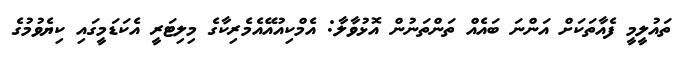
ތައުލީމީ ފެއާތަކަށް އަންނަ ބައެއް ތަންތަނުން އޮޅުވާލާ: އެމްކިއުއޭއެމެރިކާގެ މިލިޓަރީ އެކަޑަމީގައި ކިޔެވުމުގެ